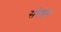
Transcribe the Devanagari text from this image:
सरेंडन